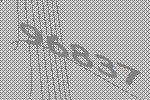
96837